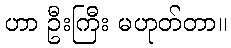
ဟာ ဦးကြီး မဟုတ်တာ။